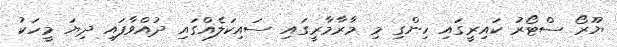
ޔޫރޯ ސްޓޯރު ކައިރީގައި ހިންގި މި މާރާމާރީގައި ސައިކަލެއްގައި ދުއްވާފައި ދިޔަ މީހަކު